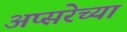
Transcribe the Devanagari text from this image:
अप्सरेच्या